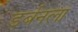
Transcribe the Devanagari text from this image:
डर्बनला